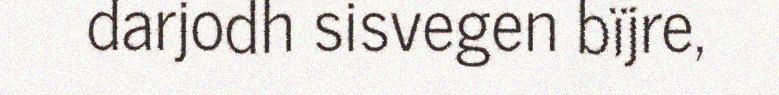
darjodh sisvegen bïjre,